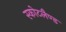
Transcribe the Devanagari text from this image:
स्कोटलैण्ड